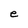
Character: e